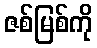
ဇစ်မြစ်ကို